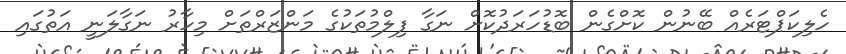
ހެލިކަޕްޓަރެއް ބޭނުން ކޮށްގެން ބޮޑުހަރަދުކޮށް ނަގާ ފިލްމުތަކުގެ މަންޒަރްތަށް މިހާރު ނަގާލަނީ އަތުގައި